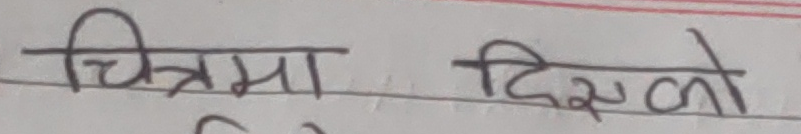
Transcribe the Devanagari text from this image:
चित्रमा दिस्को